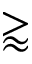
\gtrapprox